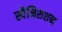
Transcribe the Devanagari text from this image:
स्पैनिशशब्द